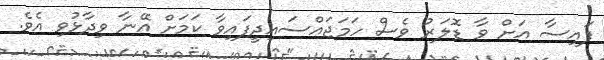
ފައިސާ އަށް ވާ ޑޮލަރު ވެސް ހަމަޖައްސައިދީފައިވާ ކަމަށް އޭނާ ވިދާޅުވި އެވެ.